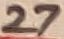
Text: 27